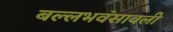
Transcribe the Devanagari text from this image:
बल्लभवंसावली